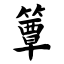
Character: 簟